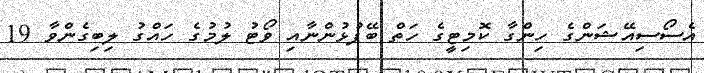
އެސޯސިއޭޝަންގެ ހިންގާ ކޮމިޓީގެ ހަތް ބޭފުޅުންނާއި ވޯޓު ލުމުގެ ހައްގު ލިބިގެންވާ 19